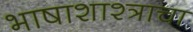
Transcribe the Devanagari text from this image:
भाषाशाश्त्राचा